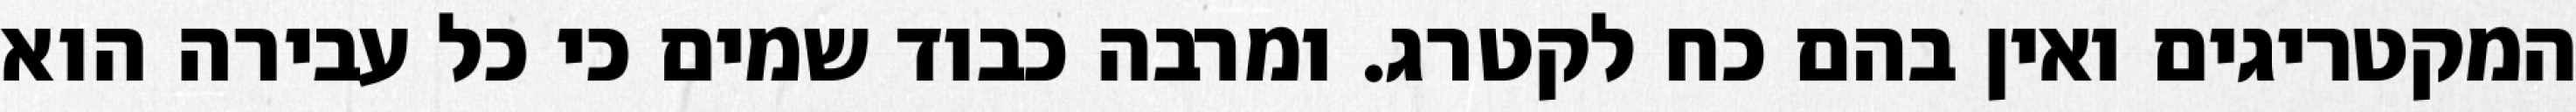
המקטריגים ואין בהם כח לקטרג. ומרבה כבוד שמים כי כל עבירה הוא